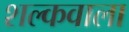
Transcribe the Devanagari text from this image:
शल्कवाला